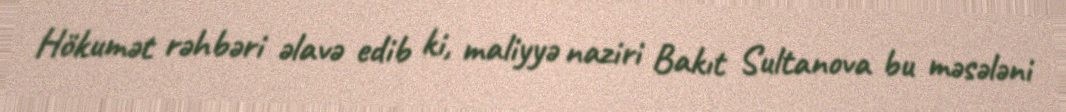
Hökumət rəhbəri əlavə edib ki, maliyyə naziri Bakıt Sultanova bu məsələni